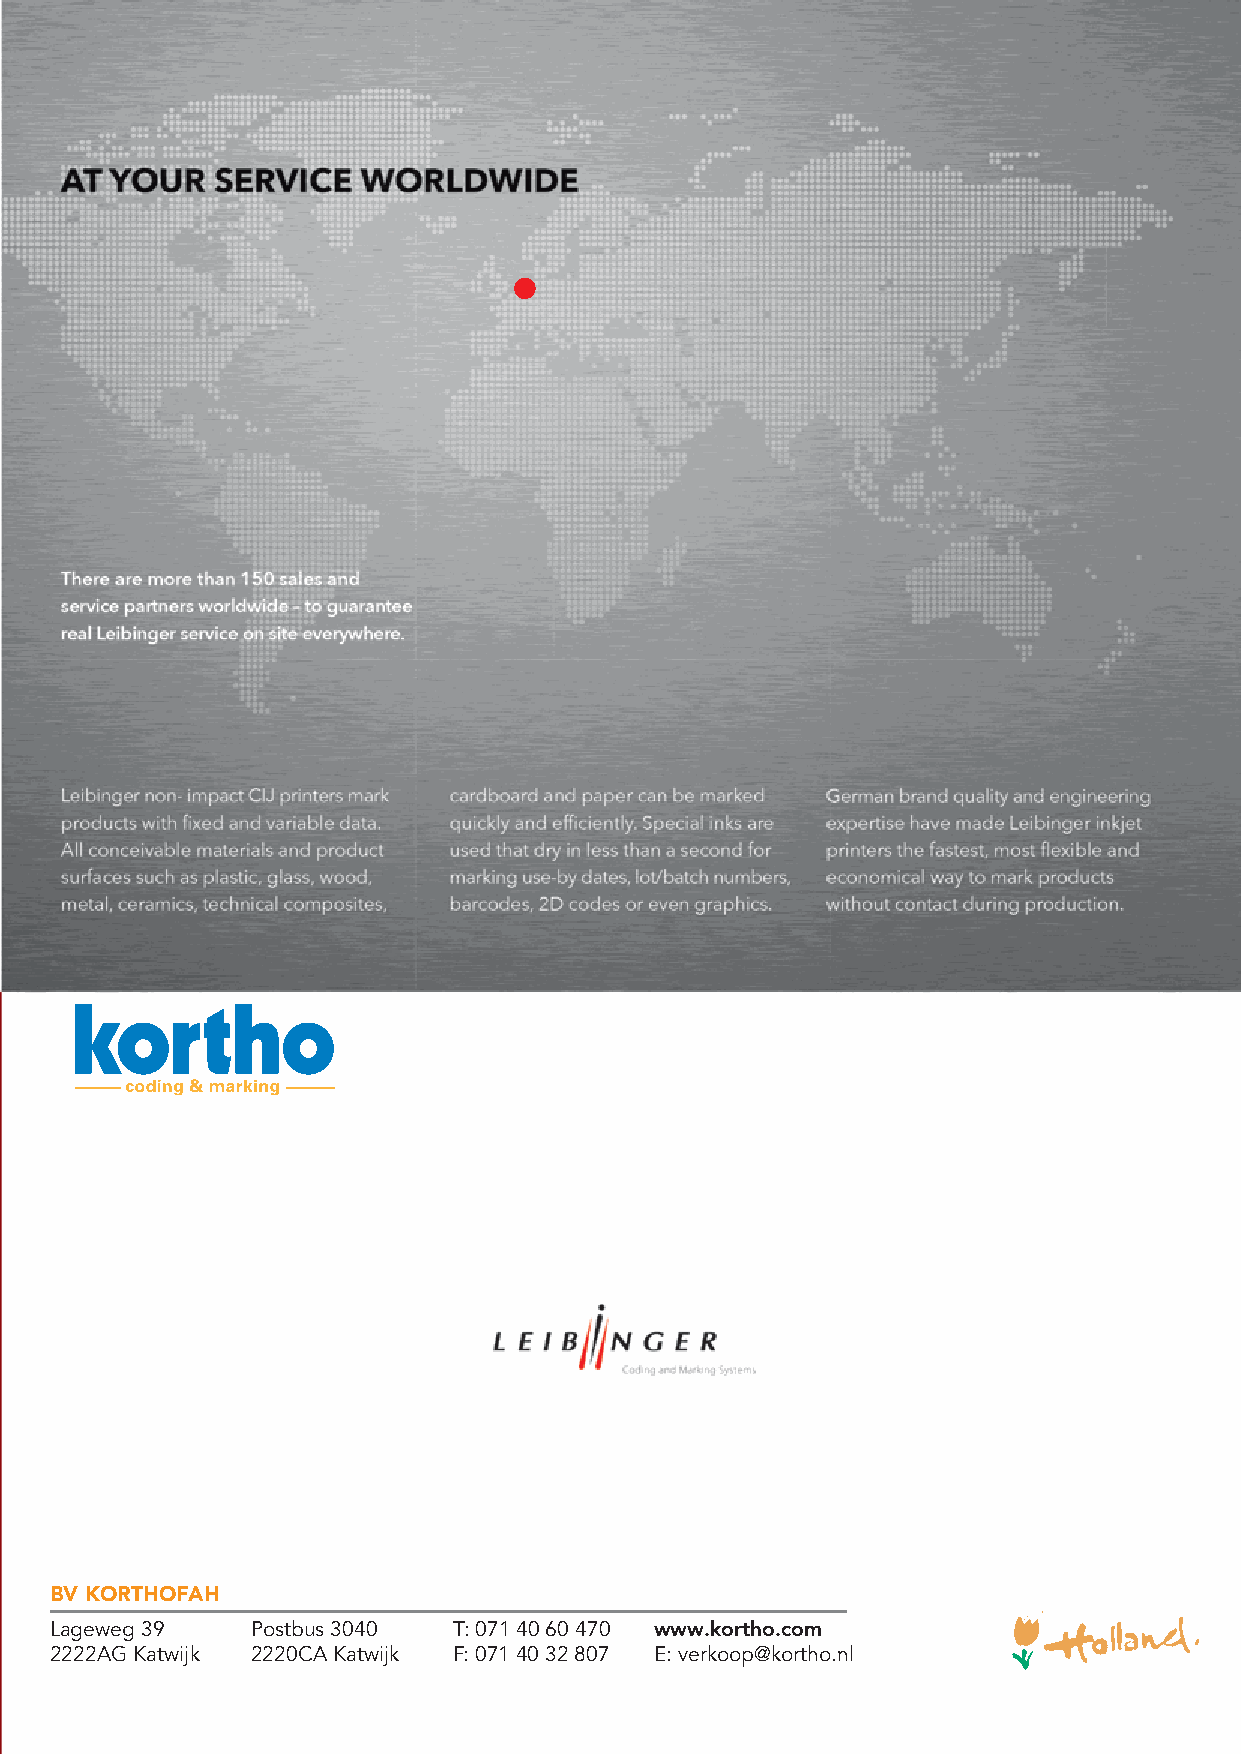
BV KORTHOFAH
 Lageweg 39    Postbus 3040 T: 071 40 60 470 www.kortho.com
 2222AG Katwijk 2220CA Katwijk F: 071 40 32 807 E: verkoop@kortho.nl